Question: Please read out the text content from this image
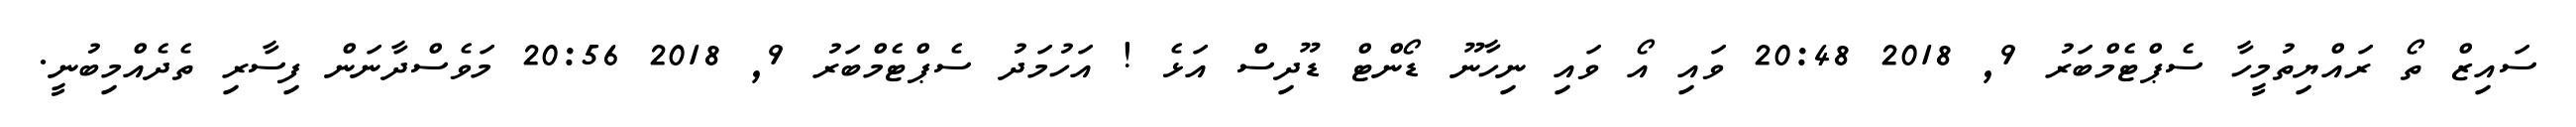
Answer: ސައިޒް ތޯ ރައްޔިތުމީހާ ސެޕްޓެމްބަރު 9, 2018 20:48 ވައި އޯ ވައި ނިހާނޫ ޑޯންޓް ޑޫދިސް އަޅެ ! އަހުމަދު ސެޕްޓެމްބަރު 9, 2018 20:56 މަވެސްދާނަން ފިސާރި ތެދެއްމިބުނީ.